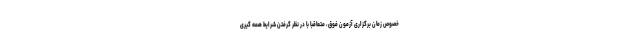
خصوص زمان برگزاری آزمون فوق، متعاقبا با در نظر گرفتن شرایط همه گیری